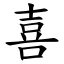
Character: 喜